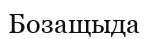
Бозащыда